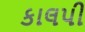
કાલપી